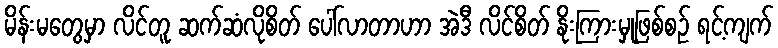
မိန်းမတွေမှာ လိင်တူ ဆက်ဆံလိုစိတ် ပေါ်လာတာဟာ အဲဒီ လိင်စိတ် နိုးကြားမှုဖြစ်စဉ် ရင့်ကျက်